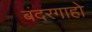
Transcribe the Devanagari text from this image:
बंदरगाहो